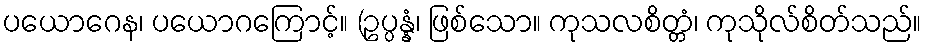
ပယောဂေန၊ ပယောဂကြောင့်။ (ဥပ္ပန္နံ၊ ဖြစ်သော။ ကုသလစိတ္တံ၊ ကုသိုလ်စိတ်သည်။